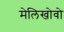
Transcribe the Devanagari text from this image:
मेलिखोवो